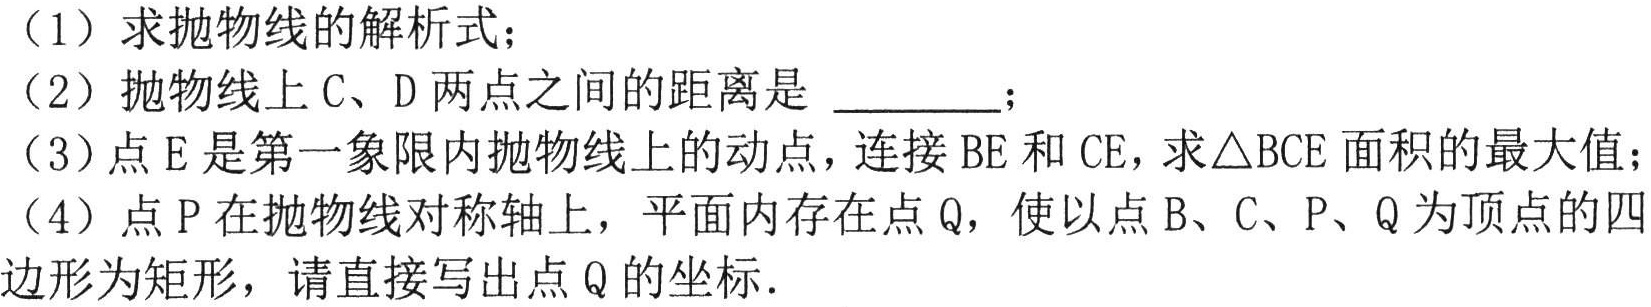
（1）求抛物线的解析式；
（2）抛物线上C、D两点之间的距离是 \_\_\_\_\_；
（3）点E是第一象限内抛物线上的动点，连接BE和CE，求\triangle BCE面积的最大值；
（4）点P在抛物线对称轴上，平面内存在点Q，使以点B、C、P、Q为顶点的四边形为矩形，请直接写出点Q的坐标．